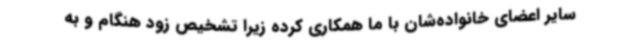
سایر اعضای خانواده‌شان با ما همکاری کرده زیرا تشخیص زود هنگام و به